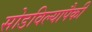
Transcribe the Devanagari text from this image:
सोडविल्यापैकी